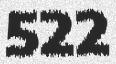
522